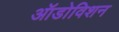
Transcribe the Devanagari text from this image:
ऑडोविशन